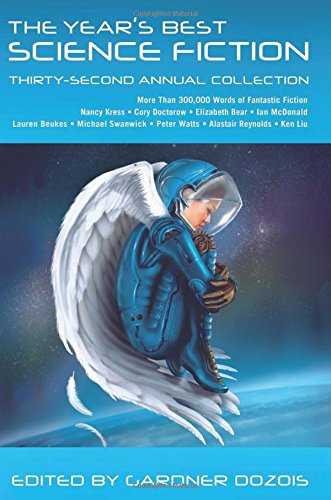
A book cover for The Year's Best Science Fiction: Thirty-Second Annual Collection; Science Fiction & Fantasy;